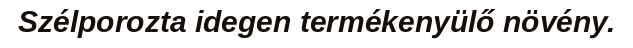
Szélporozta idegen termékenyülő növény.